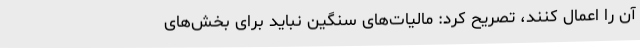
آن را اعمال کنند، تصریح کرد: مالیات‌های سنگین نباید برای بخش‌های